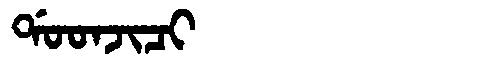
Manchu: ᡩᠣᠣᠨᠵᡳᠴᡳ
Romanization: DOONJICI